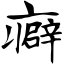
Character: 癖